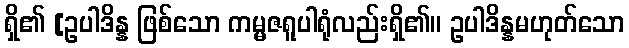
ရှိ၏ [ဥပါဒိန္န ဖြစ်သော ကမ္မဇရူပါရုံလည်းရှိ၏။ ဥပါဒိန္နမဟုတ်သော